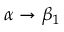
\alpha \rightarrow \beta _ { 1 }